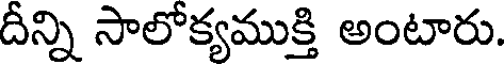
దీన్ని సాలోక్యముక్తి అంటారు.